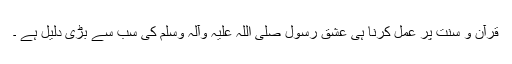
قرآن و سنت پر عمل کرنا ہی عشق رسول صلی اللہ علیہ وآلہ وسلم کی سب سے بڑی دلیل ہے ۔